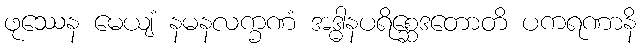
ဖုဿေန မေယျံ နမနလက္ခဏံ အဒ္ဓါနပရိစ္ဆေဒတောတိ ပကရဏာနိ